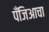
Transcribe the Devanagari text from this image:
पँजिआचा